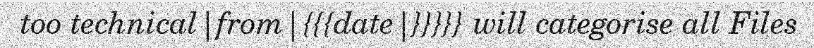
too technical|from|{{{date|}}}}} will categorise all Files